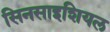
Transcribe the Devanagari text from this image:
सिनसाइशियल